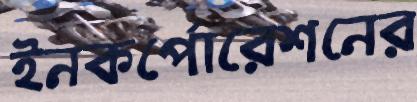
ইনকর্পোরেশনের